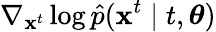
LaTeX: \nabla_{\mathbf{x}^{t}}\log\hat{p}(\mathbf{x}^{t}\mid t,\boldsymbol{\theta})